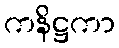
ကနိဋ္ဌကာ